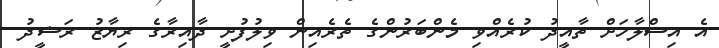
އެ އިސްލާހަށް ތާއީދު ކުރެއްވި މެންބަރުންގެ ތެރެއިން ވިލުފުށީ ދާއިރާގެ ރިޔާޒު ރަޝީދު